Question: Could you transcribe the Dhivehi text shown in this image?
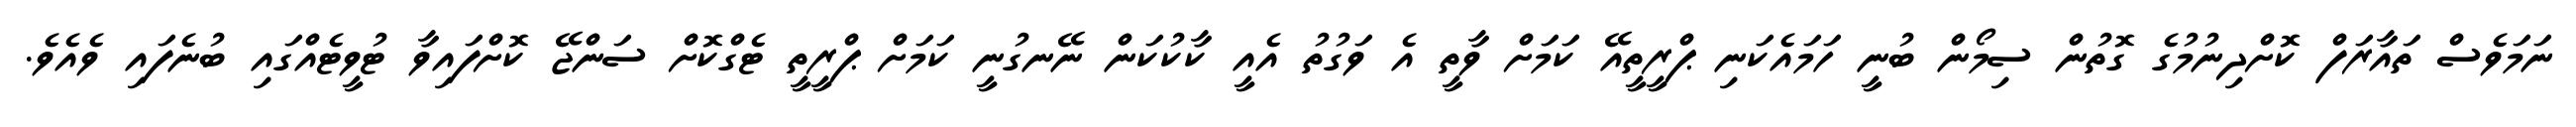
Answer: ނަމަވެސް ތައާރަފް ކޮށްދިނުމުގެ ގޮތުން ސިމޯން ބުނީ ހަމައެކަނި ޕްރީތީއޭ ކަމަށް ވާތީ އެ ވަގުތު އެއީ ކާކުކަން ނޭނގުނީ ކަމަށް ޕްރީތީ ޓެގްކޮށް ސަންޖޭ ކޮށްފައިވާ ޓުވީޓެއްގައި ބުނެފައި ވެއެވެ.